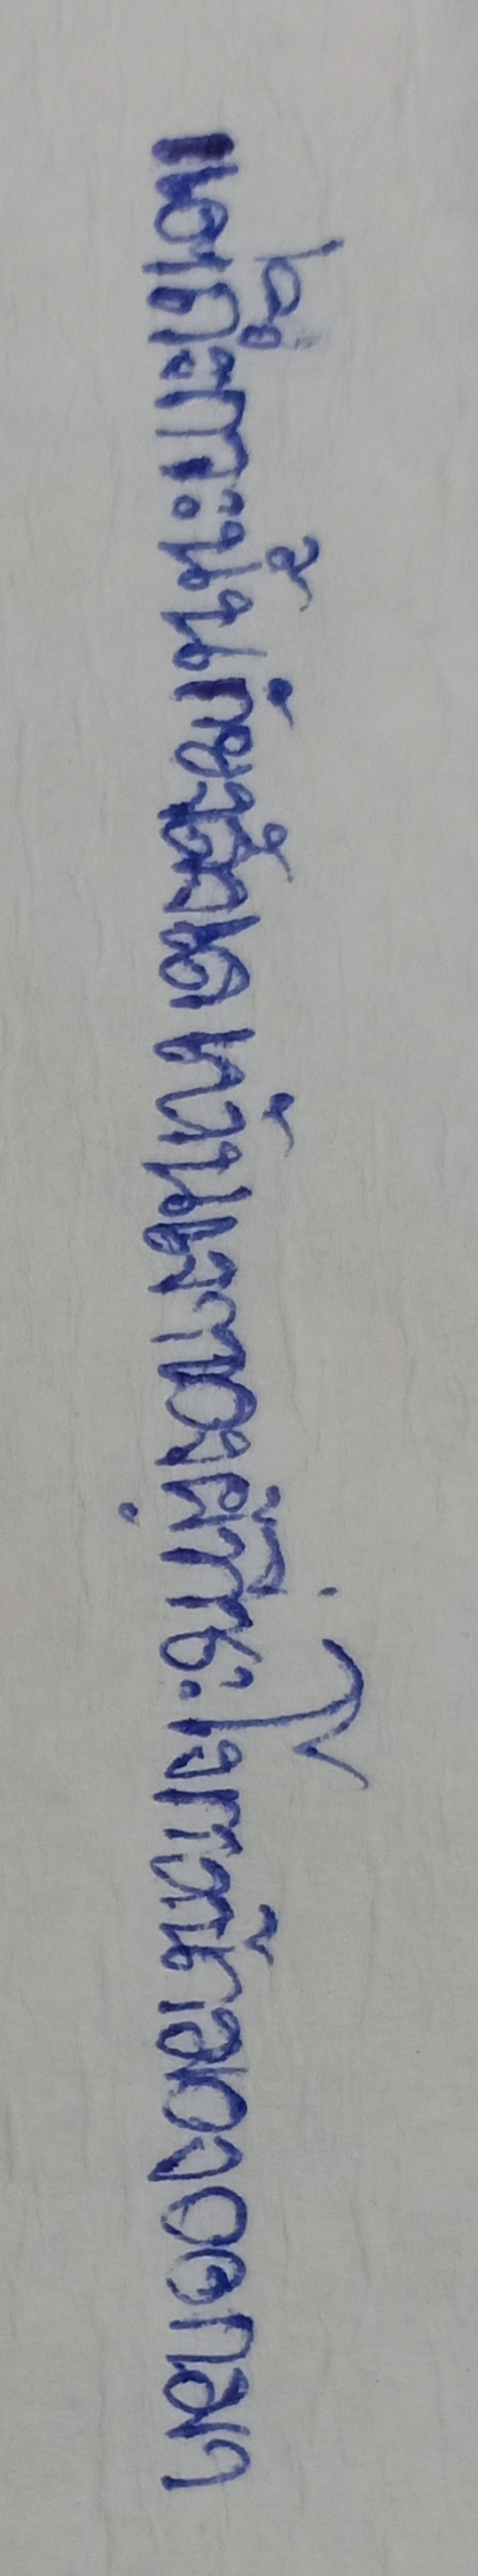
แต่ถึงกระนั้นก็ยังแลเห็นเงาของผู้ที่ชะโงกหน้ามองออกมา